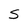
Character: s